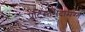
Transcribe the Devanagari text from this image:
पटिसभिदामग्ग